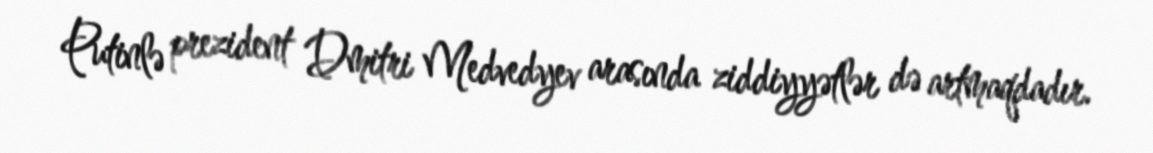
Putinlə prezident Dmitri Medvedyev arasında ziddiyyətlər də artmaqdadır.